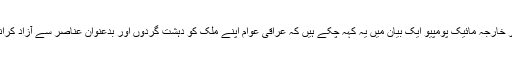
امریکی وزیر خارجہ مائیک پومپیو ایک بیان میں یہ کہہ چکے ہیں کہ عراقی عوام اپنے ملک کو دہشت گردوں اور بدعنوان عناصر سے آزاد کرانا چاہتے ہیں۔